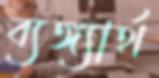
ব্যঙ্গ্যার্থ